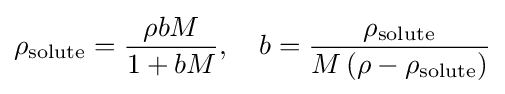
\rho _{\mathrm {solute} }={\frac {\rho bM}{1+bM}},\quad b={\frac {\rho _{\mathrm {solute} }}{M\left(\rho -\rho _{\mathrm {solute} }\right)}}